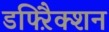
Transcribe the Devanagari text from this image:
डफ्ऱैिक्शन